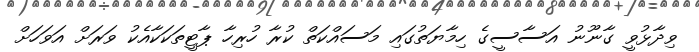
ވިދާޅުވީ ގާނޫނު އަސާސީގެ ހިމާޔަތުގައި މަސައްކަތް ކުރާ ހުރިހާ ޕާޓީތަކަކާއެކު ވަރަށް އަަވަހަށް